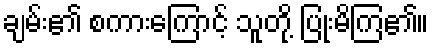
ချမ်း၏ စကားကြောင့် သူတို့ ပြုံးမိကြ၏။